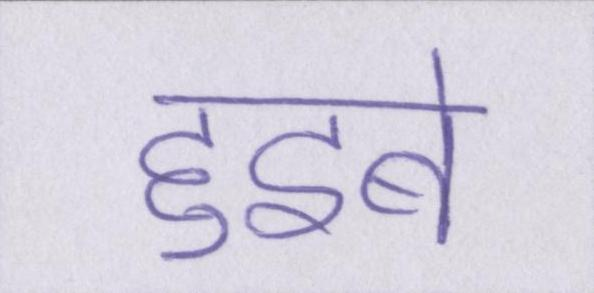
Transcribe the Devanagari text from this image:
हुइबे